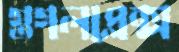
গুগলপ্লেক্স